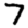
Digit: 7